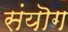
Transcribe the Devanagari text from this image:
संयॊग